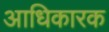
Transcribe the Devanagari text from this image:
अाधिकारक